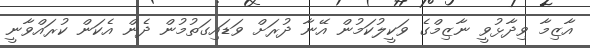
އާޒިމާ ވިދާޅުވީ ނާޒިމްގެ ވަކީލުކަމުން އޭނާ ދުރަށް ވަޑައިގަތުމުން ދެން އެކަން ކުރައްވާނީ